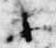
等